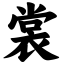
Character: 裳